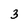
Character: 3